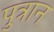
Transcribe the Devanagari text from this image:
पुत्रान